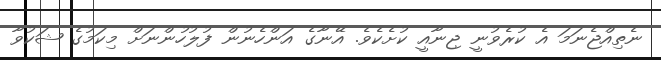
ނެތިއްޖެނަމަ އެ ކުރެވުނީ ޖިނާއީ ކުށެކެވެ. އޭނާގެ އަންހެނުން ފުލުހުންނަށް މިކަމުގެ ޝަކުވާ